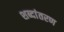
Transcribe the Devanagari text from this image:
शब्दांतरण